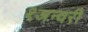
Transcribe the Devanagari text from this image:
१जन्वरी